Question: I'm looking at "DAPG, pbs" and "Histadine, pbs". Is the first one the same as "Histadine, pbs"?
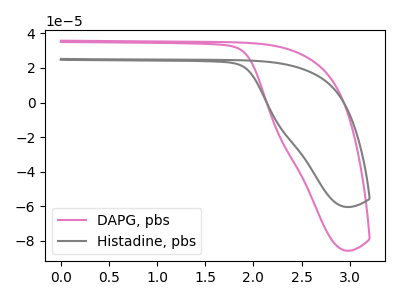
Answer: <think>The pink curve "DAPG, pbs" has no peaks. The gray curve "Histadine, pbs" has no peaks.
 Neither "DAPG, pbs" or "Histadine, pbs" have any peaks.</think>
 <answer>"DAPG, pbs" and "Histadine, pbs" are similar in shape.</answer>
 <eval>same_shape</eval>